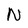
Character: N